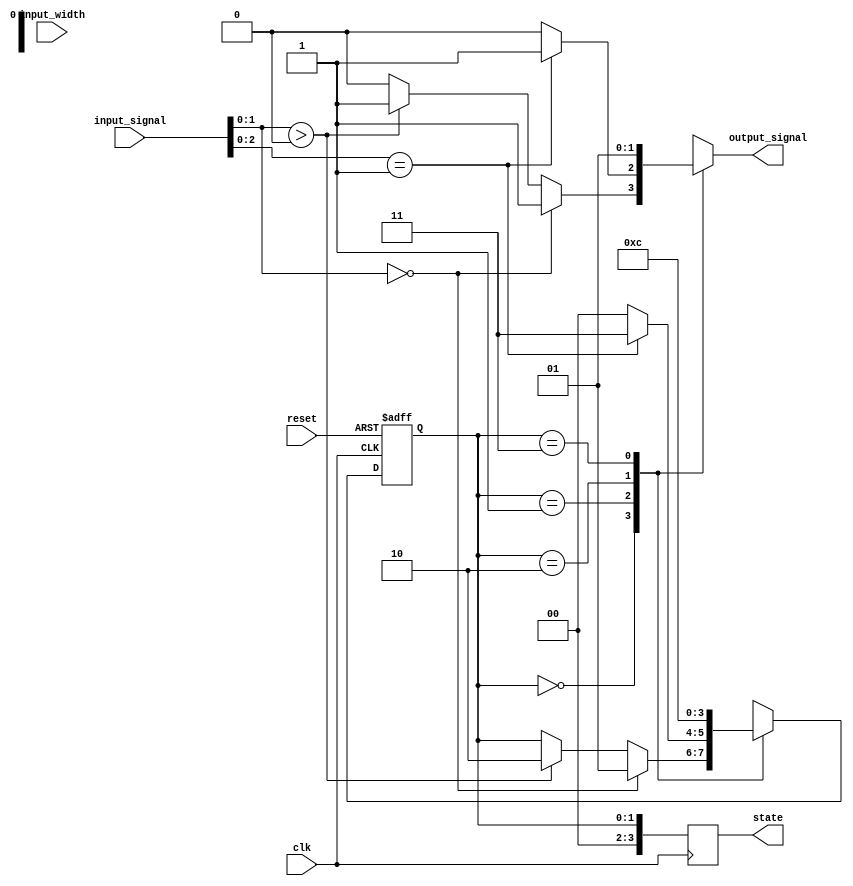
module variable_input_mealy #(parameter MAX_INPUT_WIDTH = 8,    // Maximum width of the input signal
                              parameter NUM_STATES = 4)       // Number of states in the state machine
(
    input wire clk,                                      // Clock Signal
    input wire reset,                                    // Asynchronous Reset Signal
    input wire [MAX_INPUT_WIDTH-1:0] input_signal,     // Variable-width input signal
    input wire [2:0] input_width,                       // Control signal to indicate current input width
    output reg output_signal,                            // Output signal based on current state and input
    output reg [NUM_STATES-1:0] state                  // Current state encoding
);

// State Encoding
localparam STATE_A = 2'b00;
localparam STATE_B = 2'b01;
localparam STATE_C = 2'b10;
localparam STATE_D = 2'b11;

// Current state variable
reg [1:0] current_state, next_state;

// State transition logic
always @(posedge clk or posedge reset) begin
    if (reset) begin
        current_state <= STATE_A;  // Initialize to state A
    end else begin
        current_state <= next_state; // Transition to next state
    end
end

// Next state logic and output logic
always @(*) begin
    // Default assignments
    next_state = current_state;
    output_signal = 0; // Default output is low

    case (current_state)
        STATE_A: begin
            if (input_signal[input_width-1:0] == 0) begin // Condition based on input
                next_state = STATE_B;
                output_signal = 1; // Output logic for STATE_A
            end else if (input_signal[input_width-1:0] > 0) begin
                next_state = STATE_C;
                output_signal = 1; // Different condition for STATE_A
            end
        end
        
        STATE_B: begin
            // Transition condition for STATE_B
            if (input_signal[input_width-2:0] == 2'b01) begin
                next_state = STATE_D;
                output_signal = 1; // Output logic for STATE_B
            end else begin
                next_state = STATE_A;
            end
        end
        
        STATE_C: begin
            // Transition condition for STATE_C
            if (input_signal[input_width-1:0] == 8'hFF) begin
                next_state = STATE_A;
                output_signal = 1; // Output logic for STATE_C
            end else begin
                next_state = STATE_D;
            end
        end
        
        STATE_D: begin
            // Transition condition for STATE_D
            next_state = STATE_A; // Loop back to STATE_A
            output_signal = 1; // Output logic for STATE_D
        end
        
        default: begin
            next_state = STATE_A; // Default case
        end
    endcase
end

// State register for output purposes
always @(posedge clk) begin
    state <= current_state; // Update state output
end

endmodule